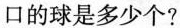
口的球是多少个?